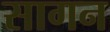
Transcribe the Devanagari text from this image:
सागन